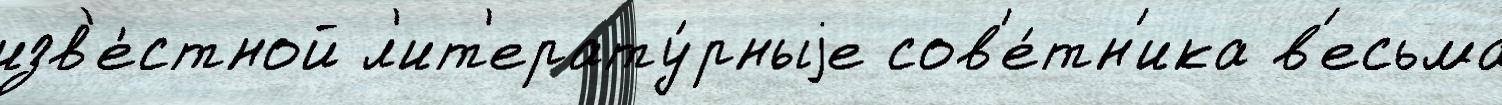
изв'е́стной л'ит'ерату́рныjе сов'е́тн'ика в'есьма́